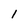
Character: l